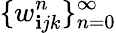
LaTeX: \{ w_{\mathbf{i}jk}^{n}\} _{n=0}^{\infty}